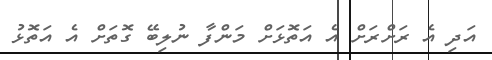
އަދި އެ ރަށްރަށް އެ އަތޮޅަށް މަންފާ ނުލިބޭ ގޮތަށް އެ އަތޮޅު